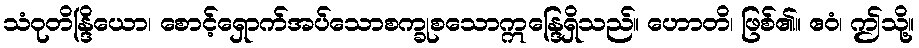
သံဝုတိန္ဒြိယော၊ စောင့်ရှောက်အပ်သောစက္ခုစသောဣန္ဒြေရှိသည်။ ဟောတိ၊ ဖြစ်၏။ ဧဝံ၊ ဤသို့။